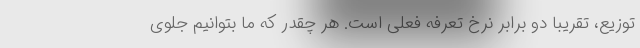
توزیع، تقریبا دو برابر نرخ تعرفه فعلی است. هر چقدر که ما بتوانیم جلوی